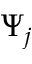
\Psi _ { j }